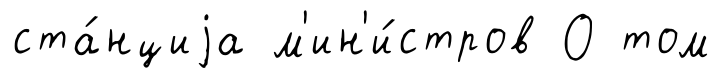
ста́нциjа м'ин'и́стров О том